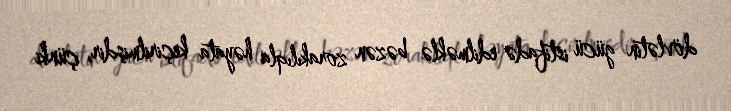
dövlətin gücü istifadə edilməklə bəzən zorakılıqla həyata keçirilmişdir, çünki